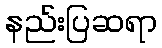
နည်းပြဆရာ